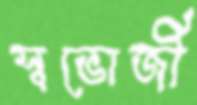
স্বভোজী